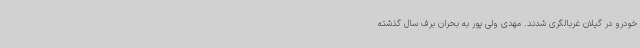
خودرو در گیلان غربالگری شدند. مهدی ولی پور به بحران برف سال گذشته